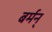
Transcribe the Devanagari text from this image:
बर्मन्